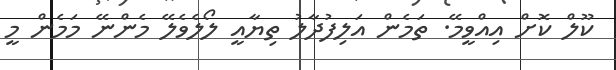
ކޫލް ކޮށް އިއްވީމޭ. ތަމެން އަލިފުދާލު ތިޔާއީ ލޯލެވެލޭ މެންނޭ މަމެން މީ